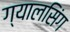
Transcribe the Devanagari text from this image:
ग्‍यालसिंग